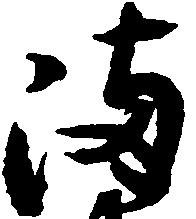
備